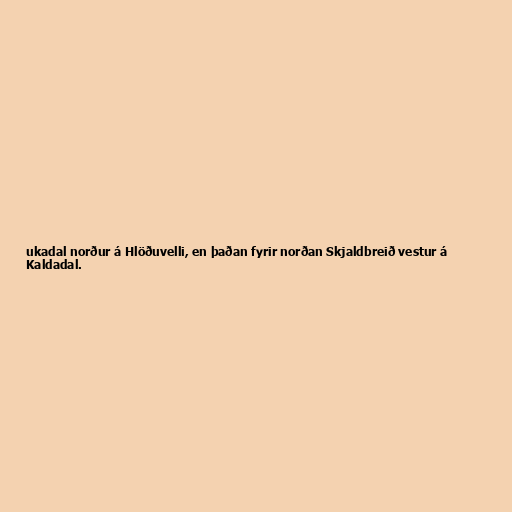
ukadal norður á Hlöðuvelli, en þaðan fyrir norðan Skjaldbreið vestur á
Kaldadal.